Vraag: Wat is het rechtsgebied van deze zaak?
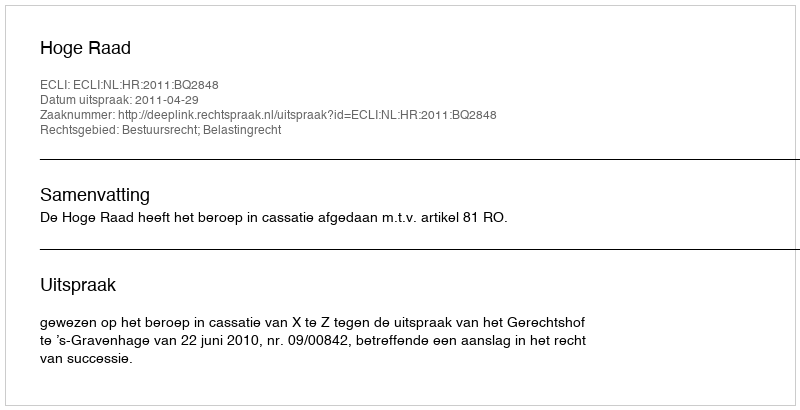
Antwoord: Bestuursrecht; Belastingrecht